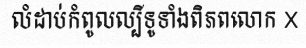
លំដាប់កំពូលល្បីទូទាំងពិភពលោក X